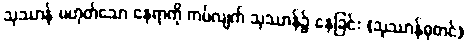
သုဿာန် မဟုတ်သော နေရာကို ကပ်လျက် သုဿာန်၌ နေခြင်း (သုဿာန်ဓုတင်)